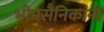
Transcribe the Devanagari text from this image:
भीमसैनिकांनी